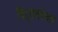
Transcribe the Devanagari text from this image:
पिट्सबर्गचाच